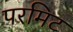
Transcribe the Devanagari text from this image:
परमिट